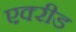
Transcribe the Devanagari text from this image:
एक्‍रीड